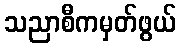
သညာစီကမှတ်ဖွယ်